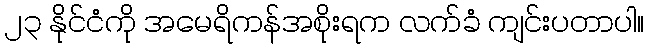
၂၃ နိုင်ငံကို အမေရိကန်အစိုးရက လက်ခံ ကျင်းပတာပါ။